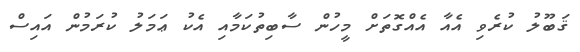
ޤަބޫލު ކުރެވި އެއާ އެއްގޮތަށް މީހުން ސާބިތުކަމާއި އެކު ޢަމަލު ކުރަމުން އައިސް